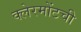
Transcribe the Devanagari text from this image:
क्लेरमोंटची